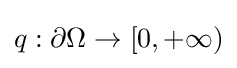
q:\partial \Omega \to [0,+\infty )